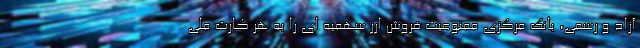
آزاد و رسمی، بانک مرکزی ممنوعیت فروش ارز سهمیه ای را به هر کارت ملی